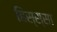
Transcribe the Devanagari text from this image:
हिस्स्सा